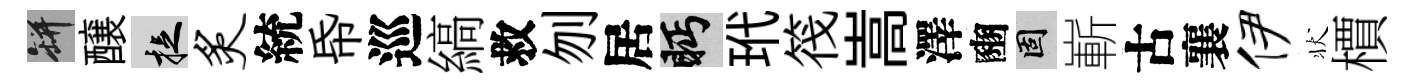
瓶醸捉炙統帋巡縞救刎居眄玳筏嵩澤豳固嶄古襄伊状檟